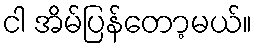
ငါ အိမ်ပြန်တော့မယ်။